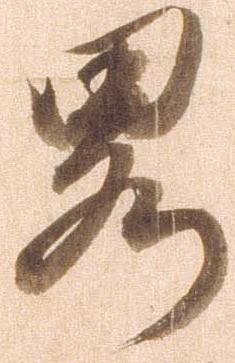
略